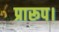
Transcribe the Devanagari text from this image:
प्रारूप।